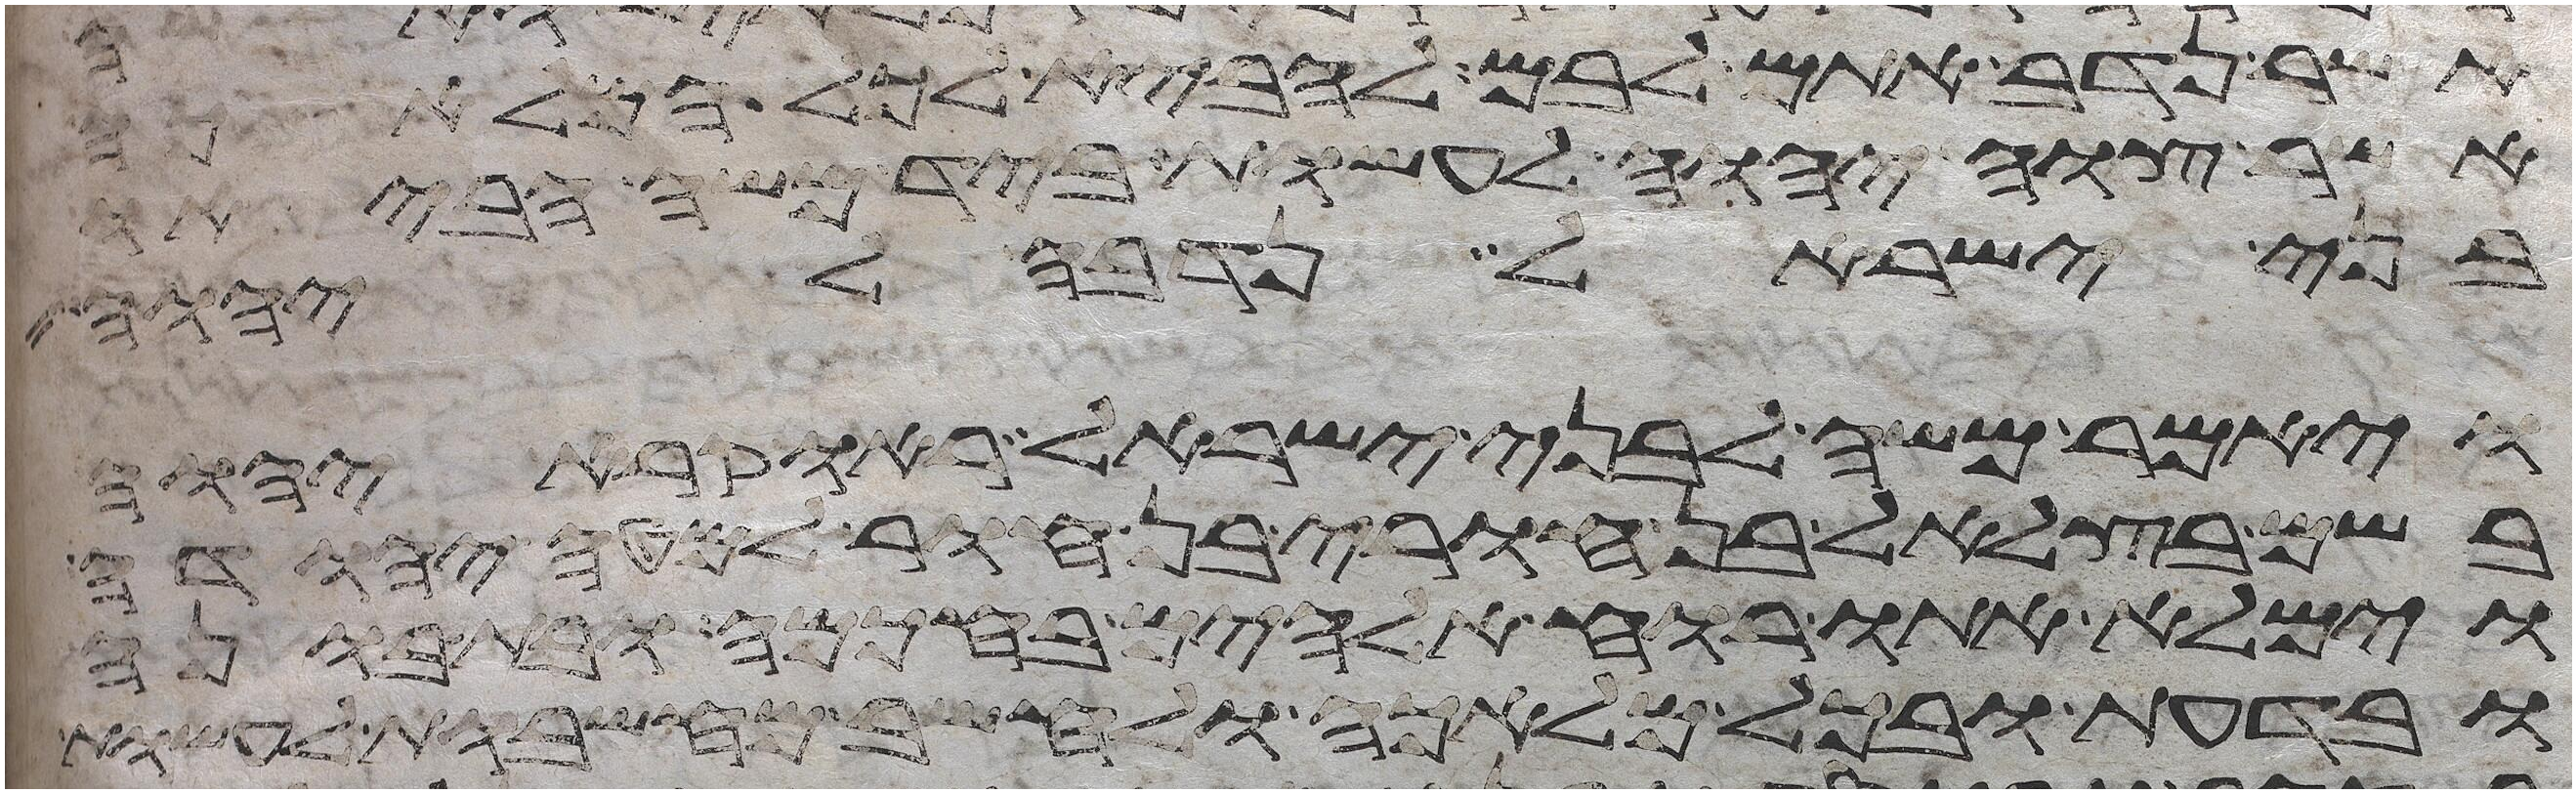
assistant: אשר נדב אתם לבם להביא לכל המלאכה
אשר צוה יהוה לעשות ביד משה הביאו
בני ישראל נדבה ליהוה
ויאמר משה לבני ישראל ראו קרא יהוה
בשם בצלאל בן חורי בן חור למטה יהודה
וימלא אתו רוח אלהים בחכמה ובתבונה
ובדעת ובכל מלאכה ולחשב מחשבות לעשות